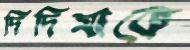
দিদিমাকে